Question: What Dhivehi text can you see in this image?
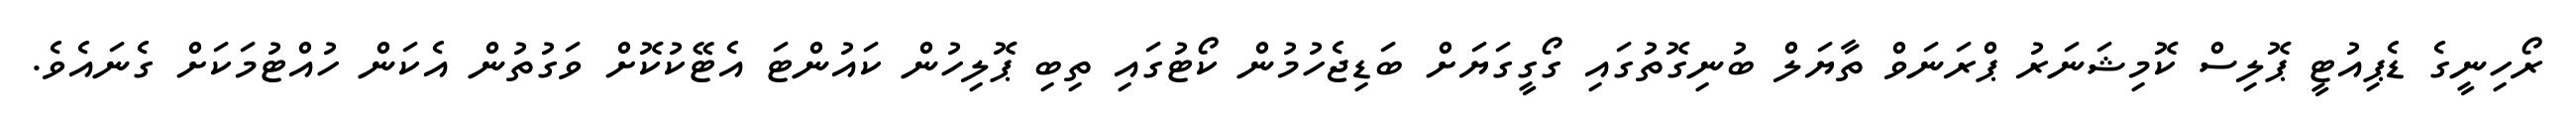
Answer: ރޯހިނީގެ ޑެޕިއުޓީ ޕޮލިސް ކޮމިޝަނަރު ޕްރަނަވް ތާޔަލް ބުނިގޮތުގައި ގޯގީގަޔަށް ބަޑިޖެހުމުން ކޯޓުގައި ތިބި ޕޮލިހުން ކައުންޓަ އެޓޭކުކޮށް ވަގުތުން އެކަން ހުއްޓުމަކަށް ގެނައެވެ.